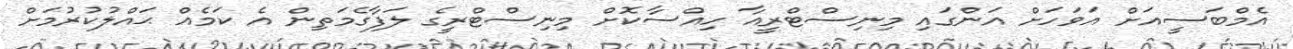
އެމްބަސީއަށް އަވަހަށް އަންގައި މިނިސްޓްރީއާ ހިއްސާކޮށް މިނިސްޓްރީގެ ލަފާގެމަތިން އެ ކަމެއް ޙައްލުކުރުމަށް